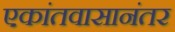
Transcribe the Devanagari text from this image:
एकांतवासानंतर